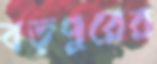
বড়পুরের